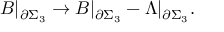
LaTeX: B | _ { \partial \Sigma _ { 3 } } \rightarrow B | _ { \partial \Sigma _ { 3 } } - \Lambda | _ { \partial \Sigma _ { 3 } } .